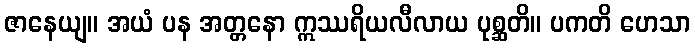
ဇာနေယျ။ အယံ ပန အတ္တနော ဣဿရိယလီလာယ ပုစ္ဆတိ။ ပကတိ ဟေသာ